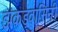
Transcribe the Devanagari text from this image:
झंकड़वासिनी